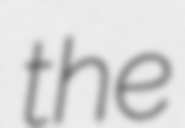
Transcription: the